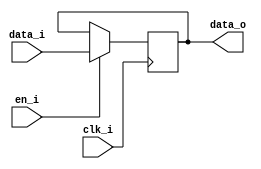
// This program was cloned from: https://github.com/NYU-MLDA/OpenABC
// License: BSD 3-Clause "New" or "Revised" License

module bsg_dff_en_width_p5
(
  clk_i,
  data_i,
  en_i,
  data_o
);

  input [4:0] data_i;
  output [4:0] data_o;
  input clk_i;
  input en_i;
  reg [4:0] data_o;

  always @(posedge clk_i) begin
    if(en_i) begin
      { data_o[4:0] } <= { data_i[4:0] };
    end
  end


endmodule